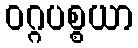
ဝဂ္ဂပစ္စယာ